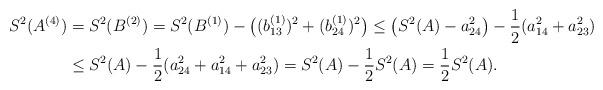
LaTeX: \begin{align*}S^2(A^{(4)}) & = S^2(B^{(2)}) = S^2(B^{(1)})-\big{(}(b_{13}^{(1)})^2+(b_{24}^{(1)})^2\big{)} \leq \big{(}S^2(A)-a_{24}^2\big{)} - \frac{1}{2}(a_{14}^2+a_{23}^2) \\& \leq S^2(A) - \frac{1}{2}(a_{24}^2+a_{14}^2+a_{23}^2) = S^2(A)-\frac{1}{2}S^2(A) = \frac{1}{2}S^2(A).\end{align*}